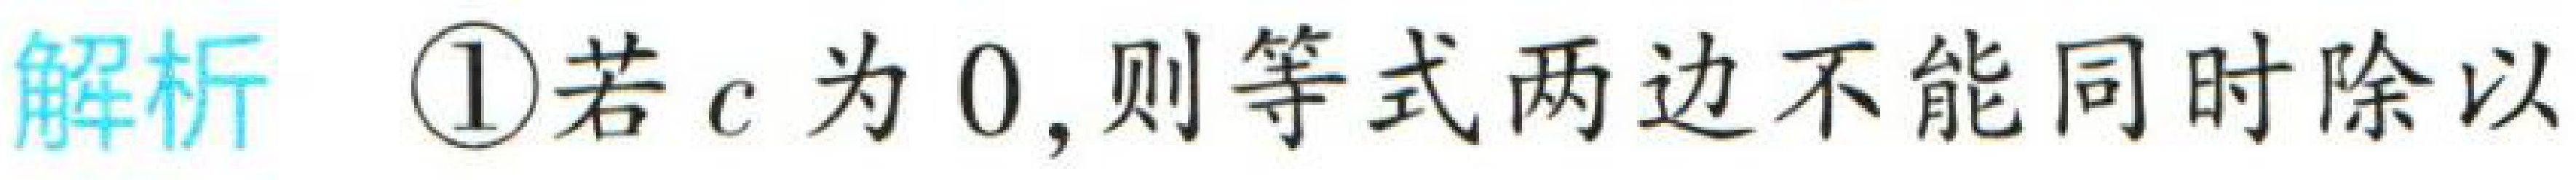
解析  \textcircled{1}若 \(c\) 为 \(0\)，则等式两边不能同时除以